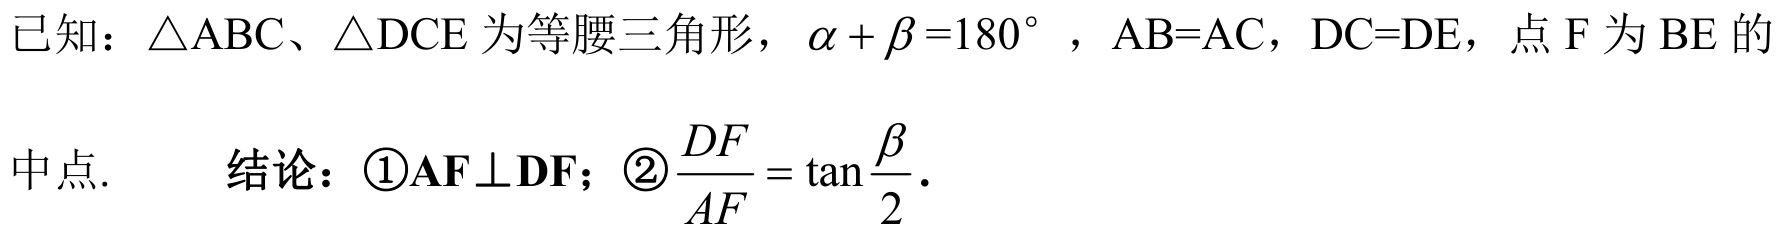
已知：\(\triangle ABC\)、\(\triangle DCE\)为等腰三角形，\(\alpha+\beta = 180^{\circ}\)，\(AB = AC\)，\(DC = DE\)，点\(F\)为\(BE\)的中点.
结论：\textcircled{1}\(\mathbf{AF}\perp\mathbf{DF}\)；\textcircled{2}\(\dfrac{DF}{AF}=\tan\dfrac{\beta}{2}\).